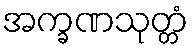
အက္ခဏသုတ္တံ